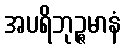
အပရိဘုဉ္ဇမာနံ